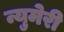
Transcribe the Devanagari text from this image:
न्युमेरी